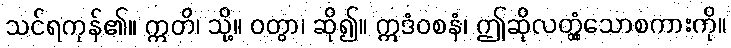
သင်ရကုန်၏။ ဣတိ၊ သို့။ ဝတွာ၊ ဆို၍။ ဣဒံဝစနံ၊ ဤဆိုလတ္တံ့သောစကားကို။